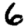
Digit: 6